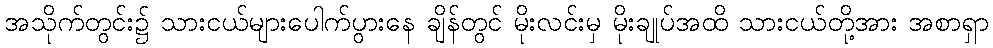
အသိုက်တွင်း၌ သားငယ်များပေါက်ပွားနေ ချိန်တွင် မိုးလင်းမှ မိုးချုပ်အထိ သားငယ်တို့အား အစာရှာ